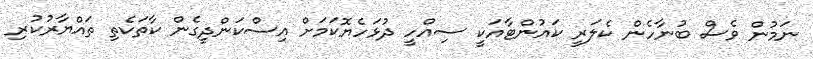
ނަމުން ވެސް ބުނާހެން ކެލަރީ ކައުންޓާއަކީ ސިއްހީ ދުޅަހެޔޮކަމަށް އިސްކަންދީގެން ކާތަކެތި ތައްޔާރުކުރި